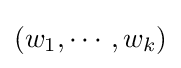
(w_{1},\cdots ,w_{k})